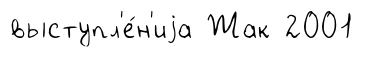
выступл'е́н'иjа Жак 2001